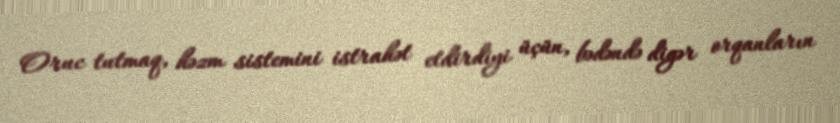
Oruc tutmaq, həzm sistemini istrahət etdirdiyi üçün, bədəndə digər orqanların